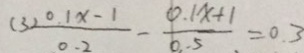
( 3 ) \frac { 0 . 1 x - 1 } { 0 . 2 } - \frac { 0 . 1 x + 1 } { 0 . 5 } = 0 . 3